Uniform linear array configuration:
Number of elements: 4
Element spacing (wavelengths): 0.5
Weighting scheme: hann
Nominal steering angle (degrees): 30
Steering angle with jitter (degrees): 29.4
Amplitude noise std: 0.05
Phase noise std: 0.05

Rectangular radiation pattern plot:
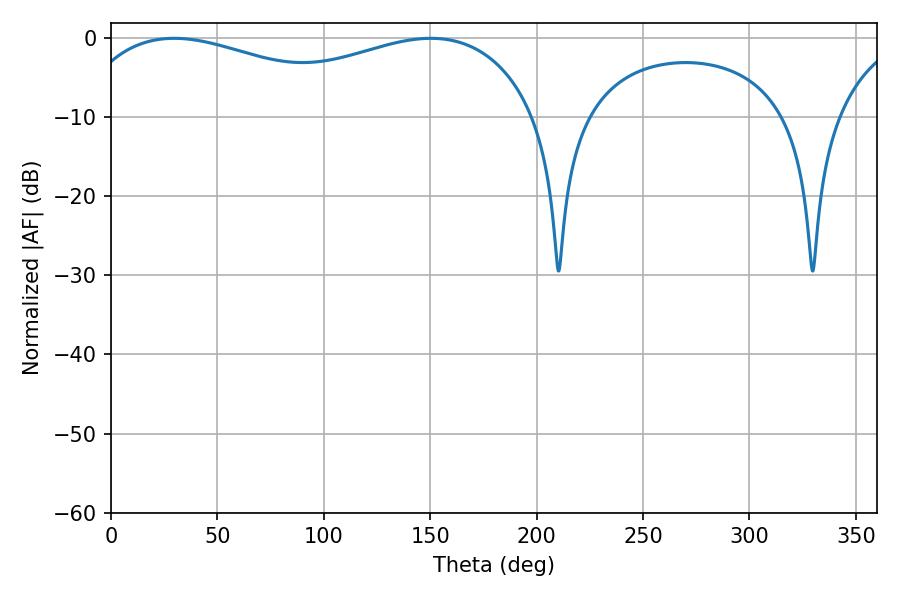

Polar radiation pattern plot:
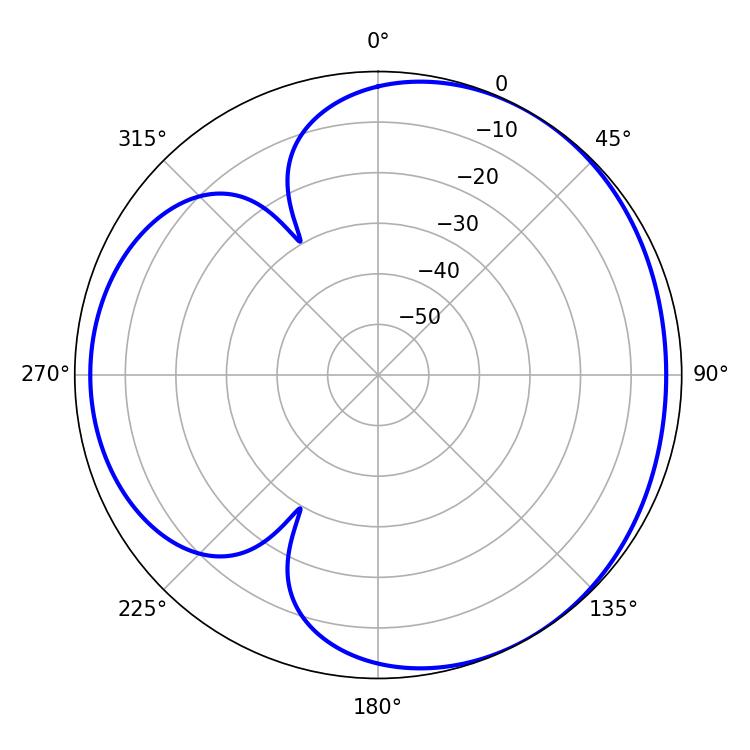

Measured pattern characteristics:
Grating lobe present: FALSE
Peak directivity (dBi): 3.502
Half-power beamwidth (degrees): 84.6
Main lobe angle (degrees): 29.7